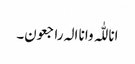
انا للّٰہ وانا الہ راجعون۔